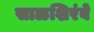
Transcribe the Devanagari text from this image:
साळशिरंबे